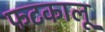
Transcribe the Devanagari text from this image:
फटकालू